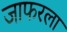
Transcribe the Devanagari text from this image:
जाफरला